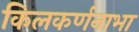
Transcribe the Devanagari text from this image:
किलकर्णनाभा